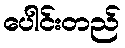
ပေါင်းတည်